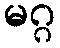
မဂ္ဂ